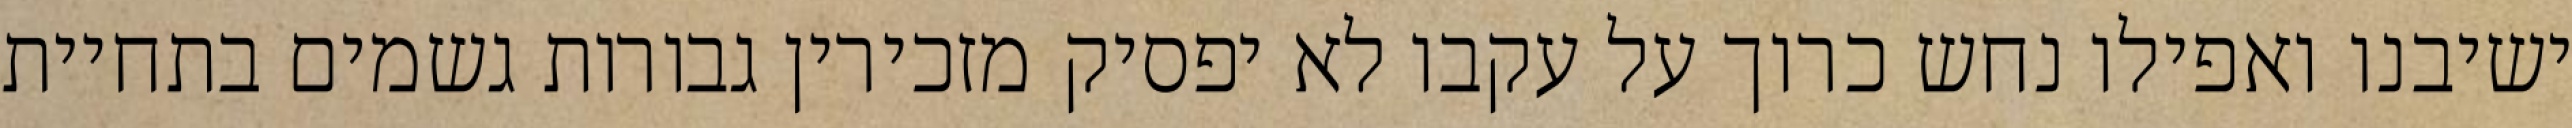
ישיבנו ואפילו נחש כרוך על עקבו לא יפסיק מזכירין גבורות גשמים בתחיית